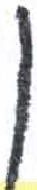
אות: ן